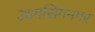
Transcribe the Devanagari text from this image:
उधमसिंगनगर